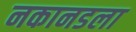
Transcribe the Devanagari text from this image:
नकानडला